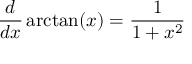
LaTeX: { \frac { d } { d x } } \arctan ( x ) = { \frac { 1 } { 1 + x ^ { 2 } } }